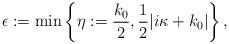
LaTeX: \begin{align*} \epsilon:=\min\left\{\eta:=\frac{k_0}{2}, \frac{1}{2}\vert i\kappa+k_0 \vert\right\},\end{align*}